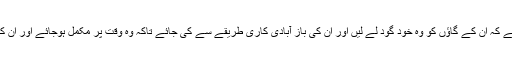
ان کے ساتھ بہت سی خواتین نے مسٹر مودی سے مطالبہ کیا ہے کہ ان کے گاؤں کو وہ خود گود لے لیں اور ان کی باز آبادی کاری طریقے سے کی جائے تاکہ وہ وقت پر مکمل ہوجائے اور ان کے مسائل کو سرکاری حکام کو حقیقی طور پر توجہ مل سکے۔